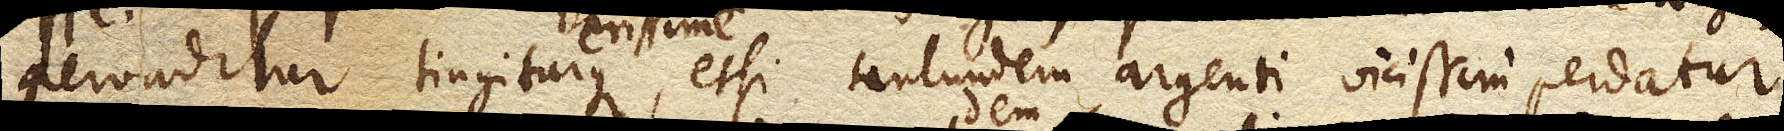
pervaditur tingiturque rarissime, etsi tantundem argenti vicissimi perdatur;